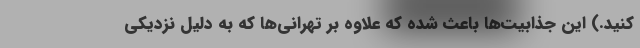
کنید.)‌ این جذابیت‌ها باعث شده که علاوه بر تهرانی‌ها که به دلیل نزدیکی